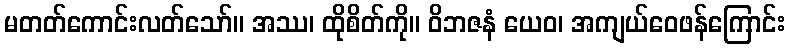
မတတ်ကောင်းလတ်သော်။ အဿ၊ ထိုစိတ်ကို။ ဝိဘဇနံ ယေဝ၊ အကျယ်ဝေဖန်ကြောင်း